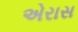
એરાસ